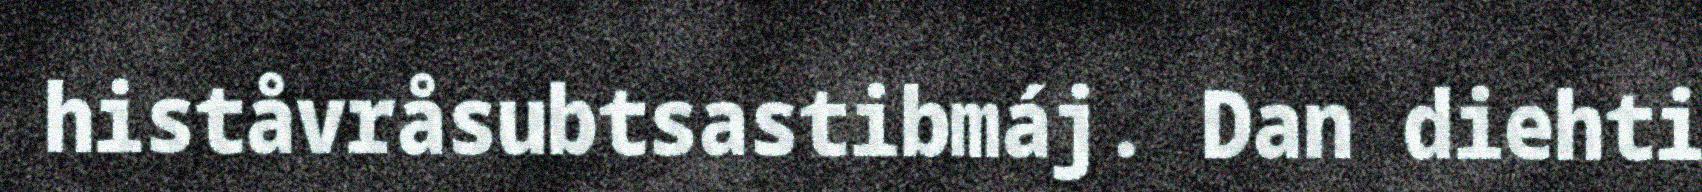
histåvråsubtsastibmáj. Dan diehti